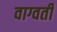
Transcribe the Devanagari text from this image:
वाग्वती